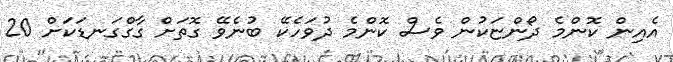
އެއިން ކޮންމެ ދޯންޏަކުން ވެސް ކޮންމެ ދުވަހެކޭ ބުނެވޭ ގޮތަށް ގާގްގަނޑަކަށް 20